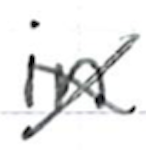
Text: in
Cross-out: cross
Writing tool: ballpoint